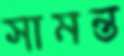
সামন্ত